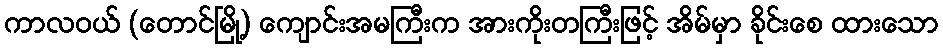
ကာလဝယ် (တောင်မြို့) ကျောင်းအမကြီးက အားကိုးတကြီးဖြင့် အိမ်မှာ ခိုင်းစေ ထားသော